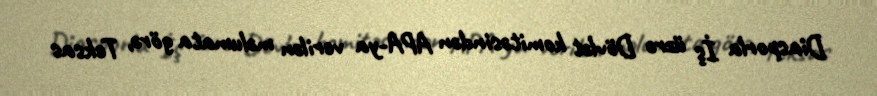
Diasporla İş üzrə Dövlət komitəsindən APA-ya verilən məlumata görə, Teksas